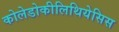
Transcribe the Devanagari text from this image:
कोलेडोकीलिथियेसिस